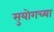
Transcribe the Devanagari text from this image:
सुयोगच्या